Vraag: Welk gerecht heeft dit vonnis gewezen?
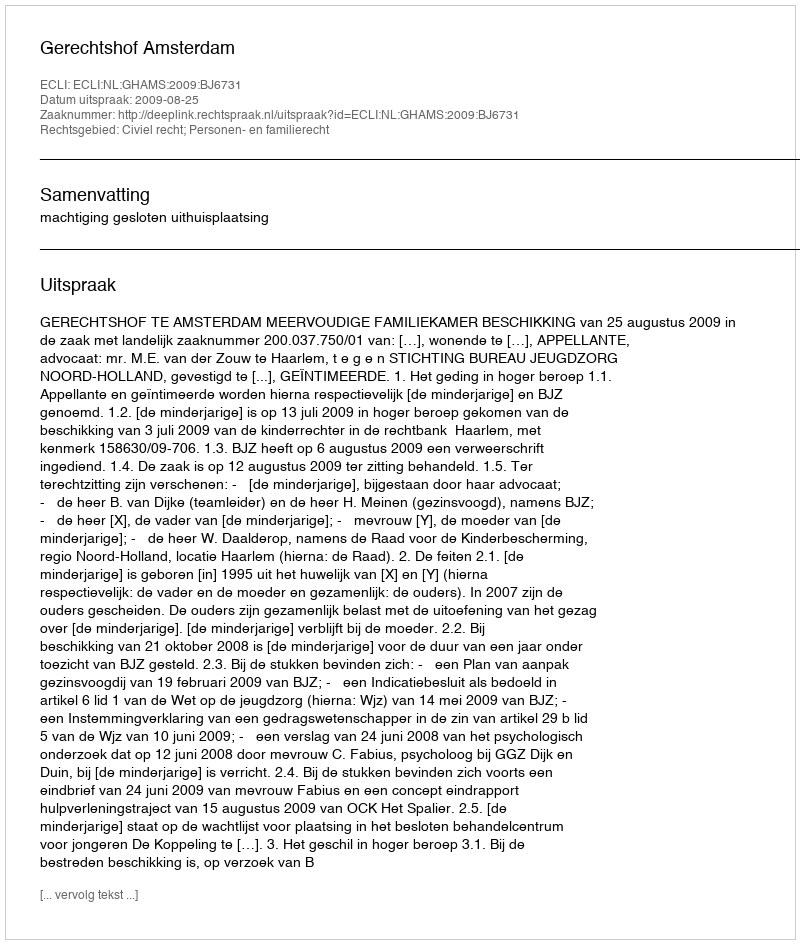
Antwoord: Gerechtshof Amsterdam